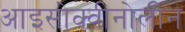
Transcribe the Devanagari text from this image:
आइसोक्वीनोलीन